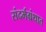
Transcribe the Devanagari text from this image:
संदर्भग्रंथात